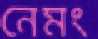
নেমং